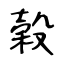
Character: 穀